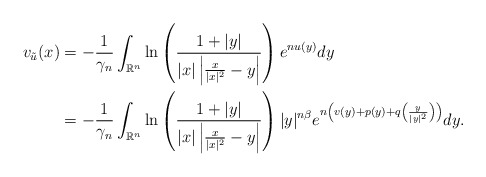
\begin{align*}v_{\tilde{u}}(x)&=-\frac{1}{\gamma_n}\int_{\mathbb{R}^n}\ln \left(\frac{1+|y|}{|x|\left|\frac{x}{|x|^2}-y\right|}\right)e^{nu(y)}dy\\&=-\frac{1}{\gamma_n}\int_{\mathbb{R}^n}\ln \left(\frac{1+|y|}{|x|\left|\frac{x}{|x|^2}-y\right|}\right)|y|^{n\beta}e^{n\left(v(y)+p(y)+q\left(\frac{y}{|y|^2}\right)\right)}dy.\end{align*}